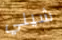
شيلي